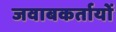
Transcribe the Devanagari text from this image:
जवाबकर्तायों